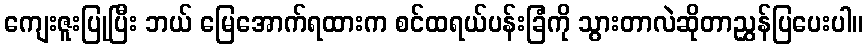
ကျေးဇူးပြုပြီး ဘယ် မြေအောက်ရထားက စင်ထရယ်ပန်းခြံကို သွားတာလဲဆိုတာညွှန်ပြပေးပါ။